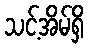
သင့်အိမ်ရှိ